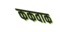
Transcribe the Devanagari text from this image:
ककवाक